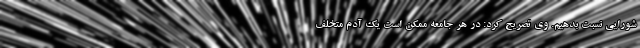
شورایی نسبت بدهیم. وی تصریح کرد: در هر جامعه ممکن است یک آدم متخلف